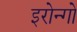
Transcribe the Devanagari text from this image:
इरोन्गो